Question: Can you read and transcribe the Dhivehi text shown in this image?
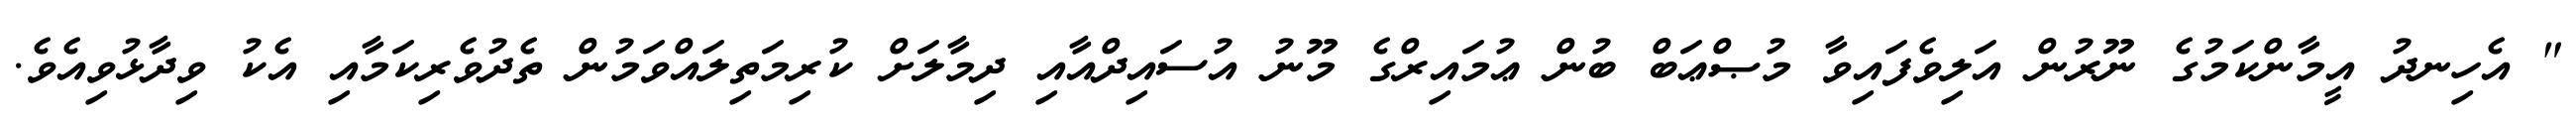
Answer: " އެހިނދު އީމާންކަމުގެ ނޫރުން އަލިވެފައިވާ މުޞްޢަބް ބުން ޢުމައިރްގެ މޫނު އުސައިދްއާއި ދިމާލަށް ކުރިމަތިލައްވަމުން ތެދުވެރިކަމާއި އެކު ވިދާޅުވިއެވެ.